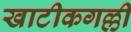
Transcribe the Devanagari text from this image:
खाटीकगल्ली